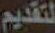
لتقديم